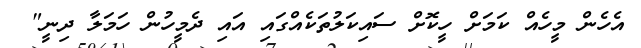
އެހެން މީހެއް ކަމަށް ހީކޮށް ސައިކަލުތަކެއްގައި އައި ދެމީހުން ހަމަލާ ދިނީ"